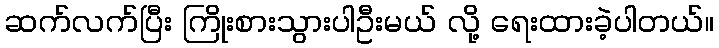
ဆက်လက်ပြီး ကြိုးစားသွားပါဦးမယ် လို့ ရေးထားခဲ့ပါတယ်။